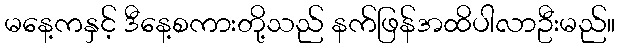
မနေ့ကနှင့် ဒီနေ့စကားတို့သည် နက်ဖြန်အထိပါလာဦးမည်။